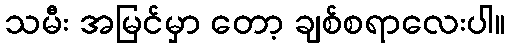
သမီး အမြင်မှာ တော့ ချစ်စရာလေးပါ။